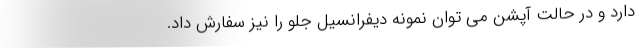
دارد و در حالت آپشن می توان نمونه دیفرانسیل جلو را نیز سفارش داد.